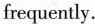
frequently.